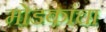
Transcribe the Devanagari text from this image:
मोडकांचा